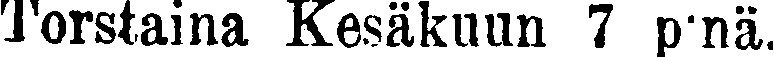
Torstaina Kesäkuun 7 p:nä.